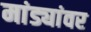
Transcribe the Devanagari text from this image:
मांड्यांवर